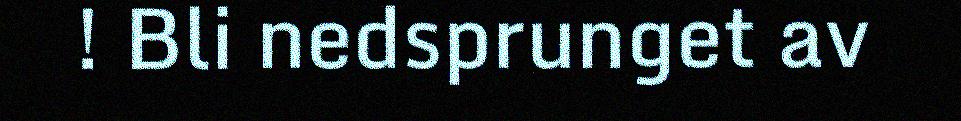
! Bli nedsprunget av